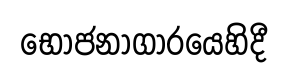
භෝජනාගාරයෙහිදී